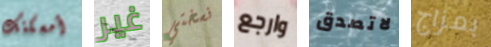
أمسكتك غير نسختي وارجع لاتصدق بمزاج